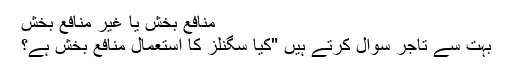
منافع بخش یا غیر منافع بخش
بہت سے تاجر سوال کرتے ہیں "کیا سگنلز کا استعمال منافع بخش ہے؟